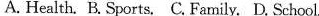
A. Health. B. Sports, C. Family. D. School.